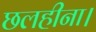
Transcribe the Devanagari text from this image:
छलहीना।